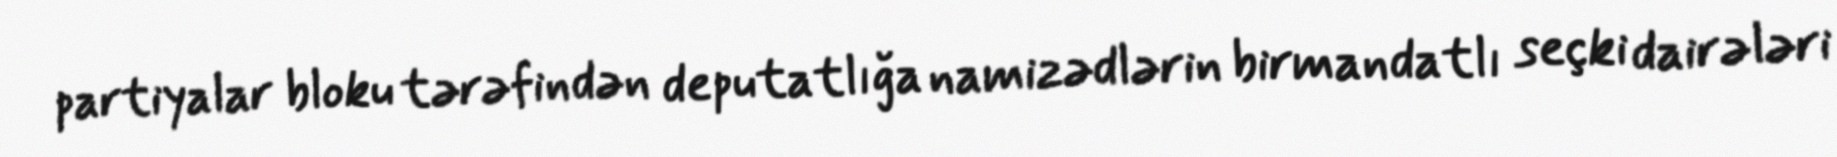
partiyalar bloku tərəfindən deputatlığa namizədlərin birmandatlı seçki dairələri